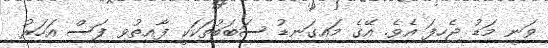
ވަނީ މަޑު ޖެހިފަ އެވެ. އޭގެ މައިގަނޑު ސަބަބުތަކަކީ ފާއިތުވި ފަސް އަހަރު